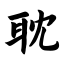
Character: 耽